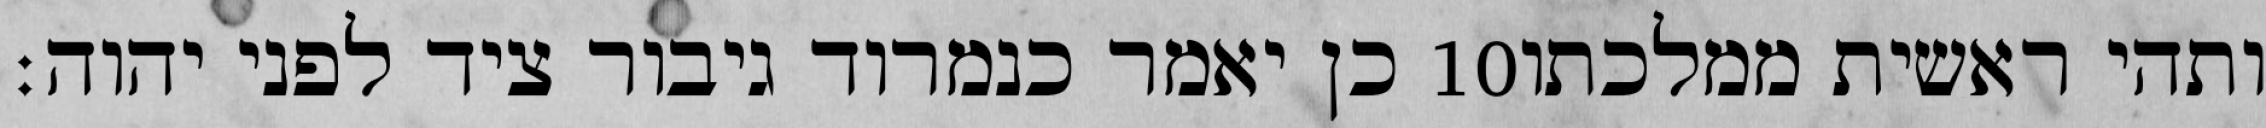
כן יאמר כנמרוד גיבור ציד לפני יהוה׃ ‎10‏ ותהי ראשית ממלכתו